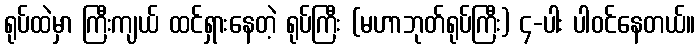
ရုပ်ထဲမှာ ကြီးကျယ် ထင်ရှားနေတဲ့ ရုပ်ကြီး (မဟာဘုတ်ရုပ်ကြီး) ၄-ပါး ပါဝင်နေတယ်။